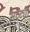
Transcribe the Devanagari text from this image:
भटट्या